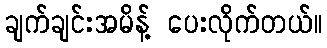
ချက်ချင်းအမိန့် ပေးလိုက်တယ်။